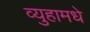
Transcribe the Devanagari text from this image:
व्युहामधे